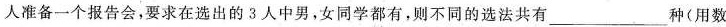
人准备一个报告会，要求在选出的3人中男，女同学都有，则不同的选法共有 ___种(用数